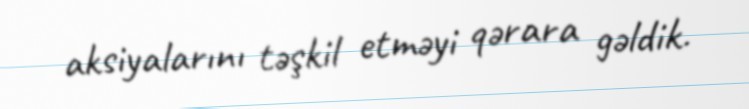
aksiyalarını təşkil etməyi qərara gəldik.